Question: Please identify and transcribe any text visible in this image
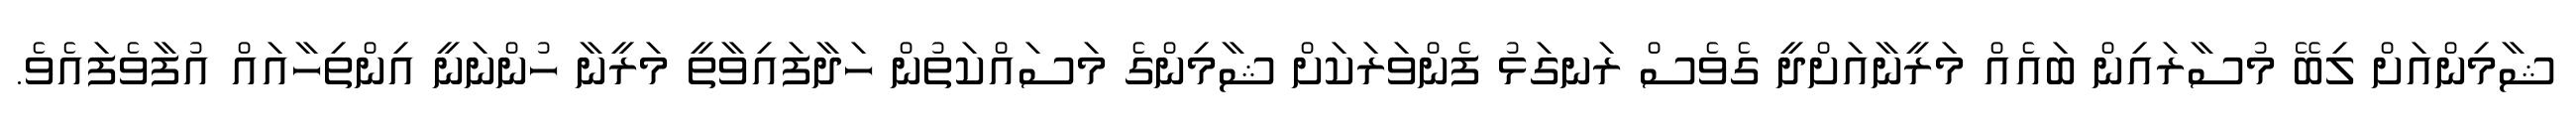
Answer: ޝާމިންއަށް ލިބޭ މުސާރައިން ބައެއް މަރީނާއަށްދީ ގެވެސް ރަނގަޅު ފެންވަރަކަށް ޝާމިންގެ މަސައްކަތުން ހަދާފައިވާތީ މަރީނާ ހުންނަނީ އިންތިހާއައް އުފާވެފައެވެ.